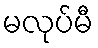
မလုပ်မီ